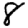
Digit: 8